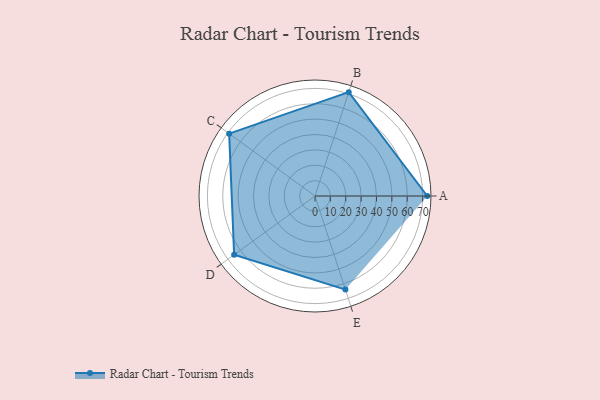
{"axis": {"x": "Skill", "y": "Score"}, "legend": ["Profile"], "data": [{"x": "A", "y": 73.0, "type": "Profile"}, {"x": "B", "y": 71.0, "type": "Profile"}, {"x": "C", "y": 69.0, "type": "Profile"}, {"x": "D", "y": 65.0, "type": "Profile"}, {"x": "E", "y": 64.0, "type": "Profile"}]}